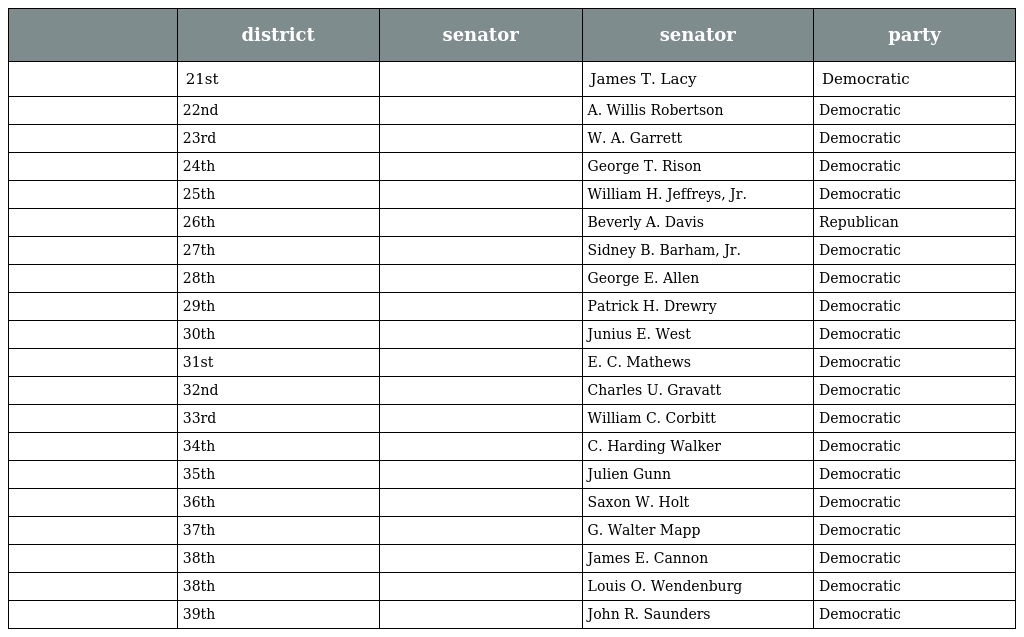
|  | district | senator | senator | party |
 | --- | --- | --- | --- | --- |
 |  | 21st |  | James T. Lacy | Democratic |
 |  | 22nd |  | A. Willis Robertson | Democratic |
 |  | 23rd |  | W. A. Garrett | Democratic |
 |  | 24th |  | George T. Rison | Democratic |
 |  | 25th |  | William H. Jeffreys, Jr. | Democratic |
 |  | 26th |  | Beverly A. Davis | Republican |
 |  | 27th |  | Sidney B. Barham, Jr. | Democratic |
 |  | 28th |  | George E. Allen | Democratic |
 |  | 29th |  | Patrick H. Drewry | Democratic |
 |  | 30th |  | Junius E. West | Democratic |
 |  | 31st |  | E. C. Mathews | Democratic |
 |  | 32nd |  | Charles U. Gravatt | Democratic |
 |  | 33rd |  | William C. Corbitt | Democratic |
 |  | 34th |  | C. Harding Walker | Democratic |
 |  | 35th |  | Julien Gunn | Democratic |
 |  | 36th |  | Saxon W. Holt | Democratic |
 |  | 37th |  | G. Walter Mapp | Democratic |
 |  | 38th |  | James E. Cannon | Democratic |
 |  | 38th |  | Louis O. Wendenburg | Democratic |
 |  | 39th |  | John R. Saunders | Democratic |